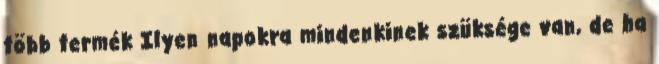
több termék Ilyen napokra mindenkinek szüksége van, de ha